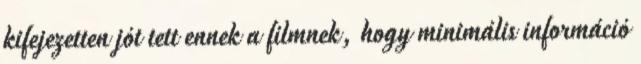
kifejezetten jót tett ennek a filmnek, hogy minimális információ